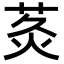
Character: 𮏅